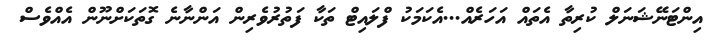
އިންޓަނޭޝަނަލް ކުރިތާ އެތައް އަހަރެއް...އެކަމަކު ފްލައިޓް ތަކާ ފަތުރުވެރިން އަންނާނެ ގޮތަކަށްނޫން އެއްވެސް